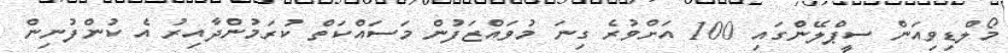
މޯލްޑިވިއަން ސީޕްލޭންގައި 100 އަށްވުރެ ގިނަ މުވައްޒަފުން މަސައްކަތް ކުރަމުންދާއިރު އެ ކުންފުނިން